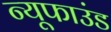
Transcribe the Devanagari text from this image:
न्यूफाउंड